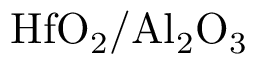
\mathrm { H f O _ { 2 } / A l _ { 2 } O _ { 3 } }